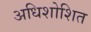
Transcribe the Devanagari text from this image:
अधिशोशित